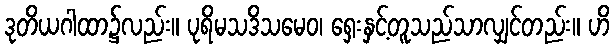
ဒုတိယဂါထာ၌လည်း။ ပုရိမသဒိသမေဝ၊ ရှေးနှင့်တူသည်သာလျှင်တည်း။ ဟိ